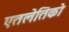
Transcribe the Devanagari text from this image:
एतलेतिको